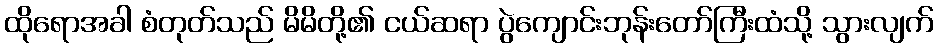
ထိုရောအခါ စံတုတ်သည် မိမိတို့၏ ငယ်ဆရာ ပွဲကျောင်းဘုန်းတော်ကြီးထံသို့ သွားလျက်